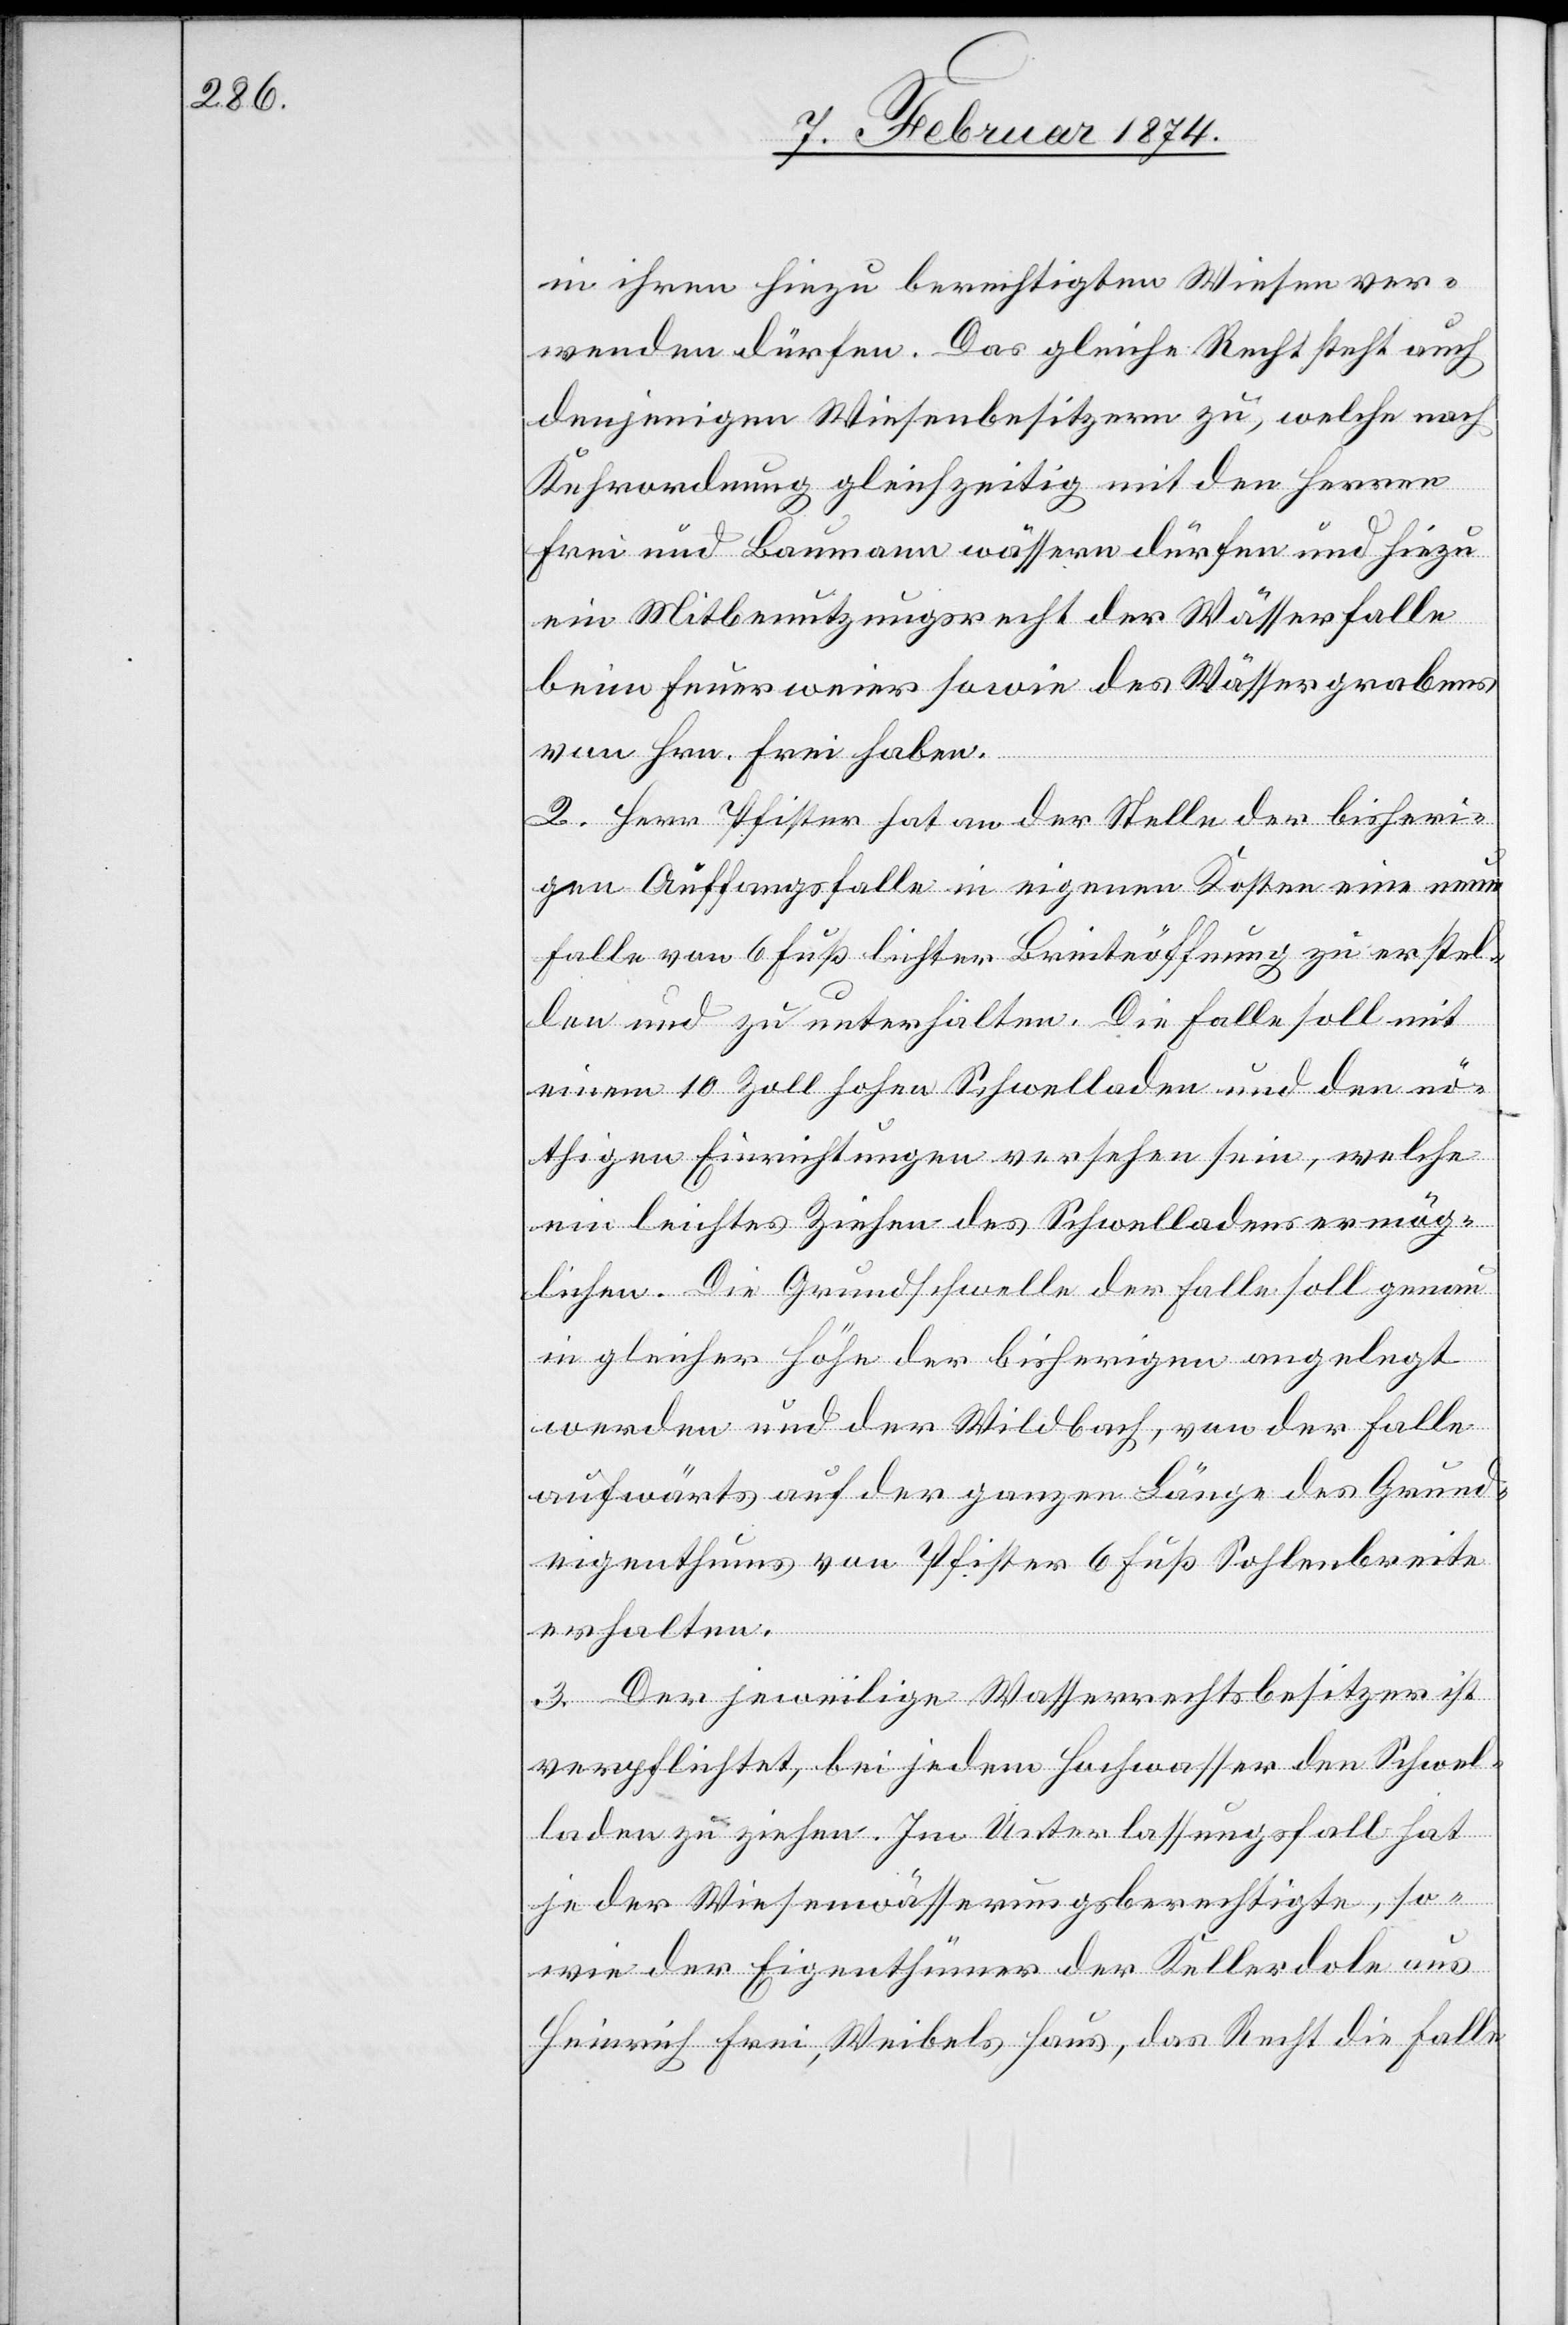
in ihren hinzu berechtigten Wiesen ver¬
wenden dürfen. Das gleiche Recht steht auch
denjenigen Wiesenbesitzern zu, welche nach
Kehrordnung gleichzeitig mit den Herren
Frei und Baumann wässern dürfen und hiezu
ein Mitbenutzungsrecht der Wässerfalle
beim Feuerweier sowie des Wässergrabens
vom Hrn. Frei haben.
2. Herr Pfister hat an der Stelle der bisheri¬
gen Auffangsfalle in eigenen Kosten eine neue
Falle von 6 Fuß lichter Breiteöffnung zu erstel¬
len und zu unterhalten. Die Falle soll mit
einem 10 Zoll hohen Schwelladen und den nö¬
thigen Einrichtungen versehen sein, welche
ein leichtes Ziehen des Schwelladens ermög¬
lichen. Die Grundschwelle der Falle soll genau
in gleicher Höhe der bisherigen angelegt
werden und der Wildbach, von der Falle
aufwärts auf der ganzen Länge des Grund¬
eigenthums vom Pfister 6 Fuß Sohlenbreite
erhalten.
3. Der jeweilige Wasserrechtsbesitzer ist
verpflichtet, bei jedem Hochwasser den Schwel¬
laden zu ziehen. Im Unterlassungsfall hat
jeder Wiesenwässerungsberechtigte, so¬
wie der Eigenthümer der Kellerdole aus
Heinrich Frei, Weibels Haus, das Recht die Falle